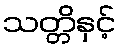
သတ္တိနှင့်